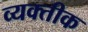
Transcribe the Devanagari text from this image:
व्यक्तीक